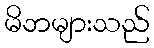
မိဘများသည်